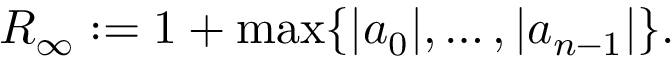
R _ { \infty } : = 1 + \operatorname* { m a x } \{ | a _ { 0 } | , \ldots , | a _ { n - 1 } | \} .